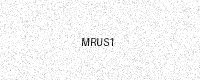
Text: MRUS1